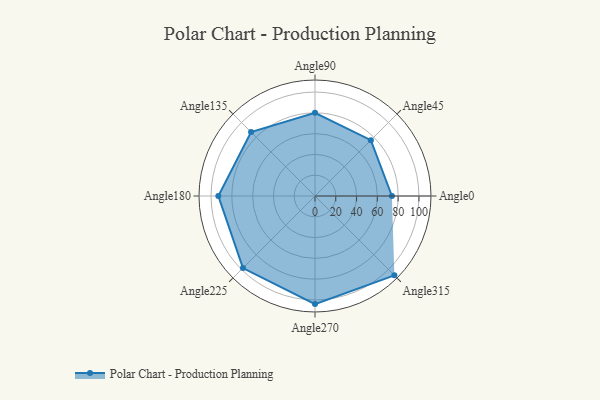
{"axis": {"x": "Angle", "y": "Radius"}, "legend": [""], "data": [{"x": "Angle0", "y": 74.0, "type": ""}, {"x": "Angle45", "y": 76.0, "type": ""}, {"x": "Angle90", "y": 80.0, "type": ""}, {"x": "Angle135", "y": 87.0, "type": ""}, {"x": "Angle180", "y": 93.0, "type": ""}, {"x": "Angle225", "y": 98.0, "type": ""}, {"x": "Angle270", "y": 104.0, "type": ""}, {"x": "Angle315", "y": 108.0, "type": ""}]}